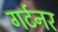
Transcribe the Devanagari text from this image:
गर्टनर